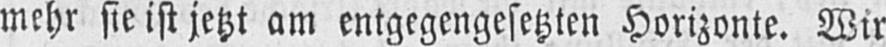
mehr sie ist jetzt am entgegengesetzten Horizonte. Wir